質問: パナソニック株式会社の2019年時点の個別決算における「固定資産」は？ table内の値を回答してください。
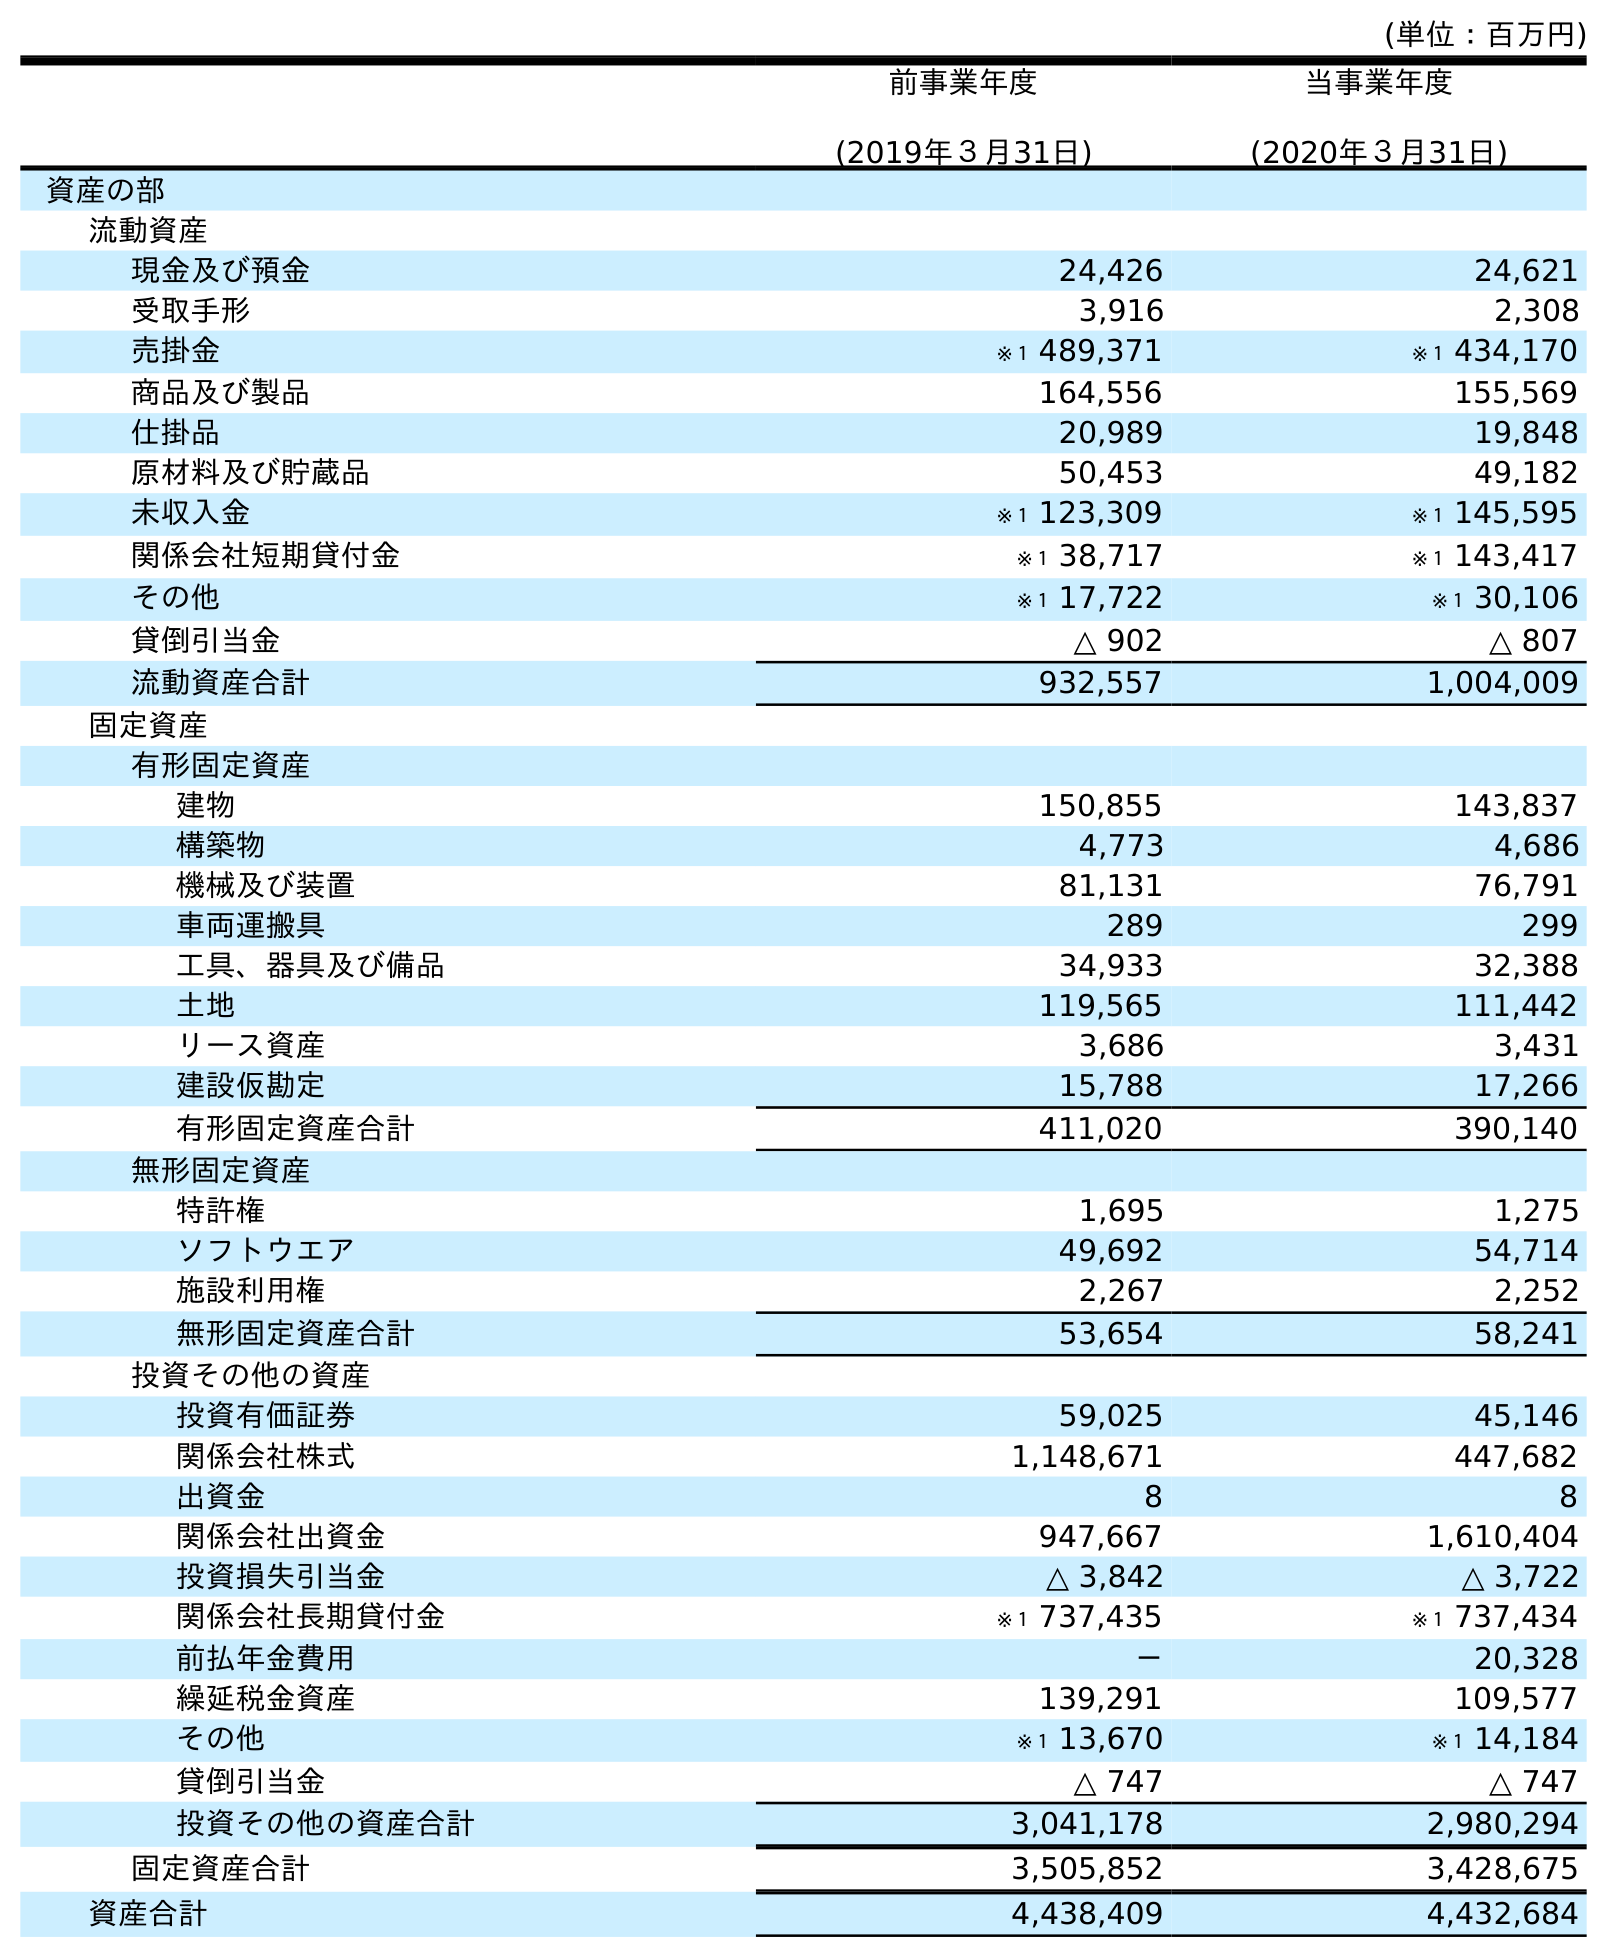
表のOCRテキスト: (単位：百万円) 前事業年度 (2019年３月31日) 当事業年度 (2020年３月31日) 資産の部 流動資産 現金及び預金 24,426 24,621 受取手形 3,916 2,308 売掛金 ※１ 489,371 ※１ 434,170 商品及び製品 164,556 155,569 仕掛品 20,989 19,848 原材料及び貯蔵品 50,453 49,182 未収入金 ※１ 123,309 ※１ 145,595 関係会社短期貸付金 ※１ 38,717 ※１ 143,417 その他 ※１ 17,722 ※１ 30,106 貸倒引当金 △ 902 △ 807 流動資産合計 932,557 1,004,009 固定資産 有形固定資産 建物 150,855 143,837 構築物 4,773 4,686 機械及び装置 81,131 76,791 車両運搬具 289 299 工具、器具及び備品 34,933 32,388 土地 119,565 111,442 リース資産 3,686 3,431 建設仮勘定 15,788 17,266 有形固定資産合計 411,020 390,140 無形固定資産 特許権 1,695 1,275 ソフトウエア 49,692 54,714 施設利用権 2,267 2,252 無形固定資産合計 53,654 58,241 投資その他の資産 投資有価証券 59,025 45,146 関係会社株式 1,148,671 447,682 出資金 8 8 関係会社出資金 947,667 1,610,404 投資損失引当金 △ 3,842 △ 3,722 関係会社長期貸付金 ※１ 737,435 ※１ 737,434 前払年金費用 － 20,328 繰延税金資産 139,291 109,577 その他 ※１ 13,670 ※１ 14,184 貸倒引当金 △ 747 △ 747 投資その他の資産合計 3,041,178 2,980,294 固定資産合計 3,505,852 3,428,675 資産合計 4,438,409 4,432,684
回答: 3,505,852